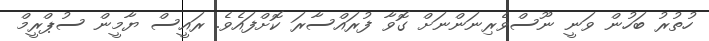
ހުތުރު ބަހުން ވަނީ ނޫސްވެރިނަންނަށް ގޮވާ ފުރައްސާރަ ކޮށްފައެވެ. ރައީސް ޔާމީން ސުޕްރީމް